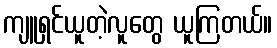
ကျူရှင်ယူတဲ့လူတွေ ယူကြတယ်။